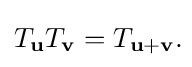
T_{\mathbf {u} }T_{\mathbf {v} }=T_{\mathbf {u} +\mathbf {v} }.\!